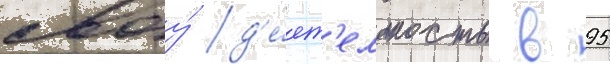
своу́ д'е́ят'ельность в 95